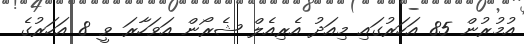
އުމުރުން 85 އަހަރުގައި މިއަދު އެރިއެލް ޝެރޯން އަވަހާރަ ވީ 8 އަހަރުގެ